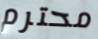
محترم